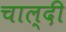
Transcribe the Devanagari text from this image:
चाल्दी